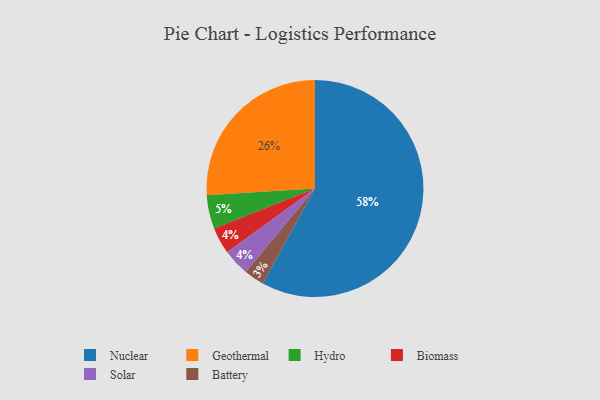
{"axis": {"x": "Category", "y": "Percentage"}, "legend": ["Battery", "Biomass", "Geothermal", "Hydro", "Nuclear", "Solar"], "data": [{"x": "Biomass", "y": 4, "type": "Biomass"}, {"x": "Nuclear", "y": 58, "type": "Nuclear"}, {"x": "Solar", "y": 4, "type": "Solar"}, {"x": "Geothermal", "y": 26, "type": "Geothermal"}, {"x": "Hydro", "y": 5, "type": "Hydro"}, {"x": "Battery", "y": 3, "type": "Battery"}]}